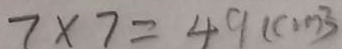
7 \times 7 = 4 9 ( c m ^ { 2 } )